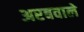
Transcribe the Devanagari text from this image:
अरबवाले